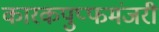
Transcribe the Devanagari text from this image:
कारकपुप्फमंजरी